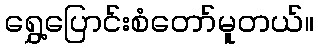
ရွှေ့ပြောင်းစံတော်မူတယ်။